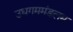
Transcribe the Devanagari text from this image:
उधगममंडलम